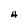
Character: 4